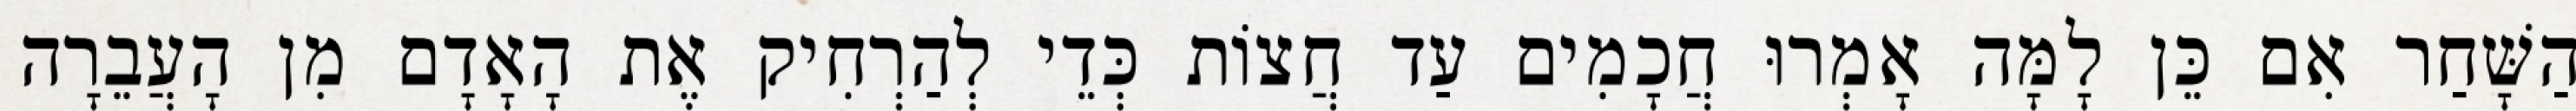
הַשָּׁחַר אִם כֵּן לָמָּה אָמְרוּ חֲכָמִים עַד חֲצוֹת כְּדֵי לְהַרְחִיק אֶת הָאָדָם מִן הָעֲבֵרָה